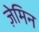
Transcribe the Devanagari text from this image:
ज़ेमिन